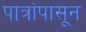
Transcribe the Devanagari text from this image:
पात्रांपासून